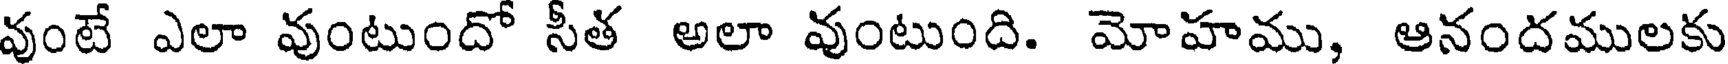
వుంటే ఎలా వుంటుందో సీత అలా వుంటుంది. మోహము, ఆనందములకు